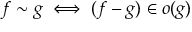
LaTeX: f \sim g \iff ( f - g ) \in o ( g )